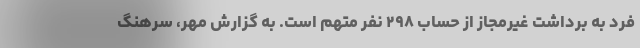
فرد به برداشت غیرمجاز از حساب ۲۹۸ نفر متهم است. به گزارش مهر، سرهنگ